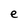
Character: e